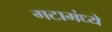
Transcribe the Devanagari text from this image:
गटामंध्ये